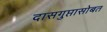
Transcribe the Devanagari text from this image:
दासगुप्तासोबत